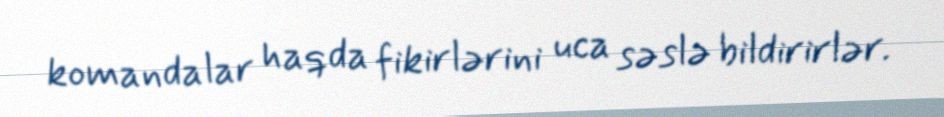
komandalar haqda fikirlərini uca səslə bildirirlər.